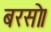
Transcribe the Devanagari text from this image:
बरसो।